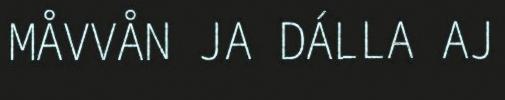
MÅVVÅN JA DÁLLA AJ